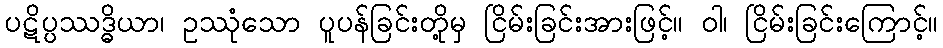
ပဋိပ္ပဿဒ္ဓိယာ၊ ဥဿုံသော ပူပန်ခြင်းတို့မှ ငြိမ်းခြင်းအားဖြင့်။ ဝါ၊ ငြိမ်းခြင်းကြောင့်။